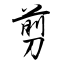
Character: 剪